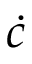
\dot { c }